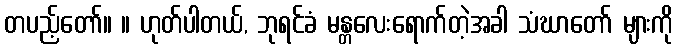
တပည့်တော်။ ။ ဟုတ်ပါတယ်, ဘုရင်ခံ မန္တလေးရောက်တဲ့အခါ သံဃာတော် များကို